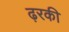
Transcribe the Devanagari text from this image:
ढ़रकी